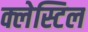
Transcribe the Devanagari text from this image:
क्लेस्टिल